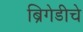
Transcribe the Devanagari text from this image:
ब्रिगेडीचे